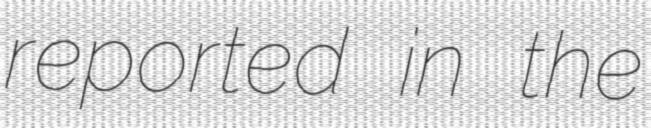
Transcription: reported in the